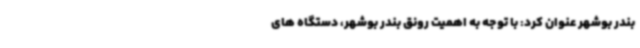
بندر بوشهر عنوان کرد: با توجه به اهمیت رونق بندر بوشهر، دستگاه های